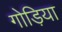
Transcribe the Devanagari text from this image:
गोड़िया